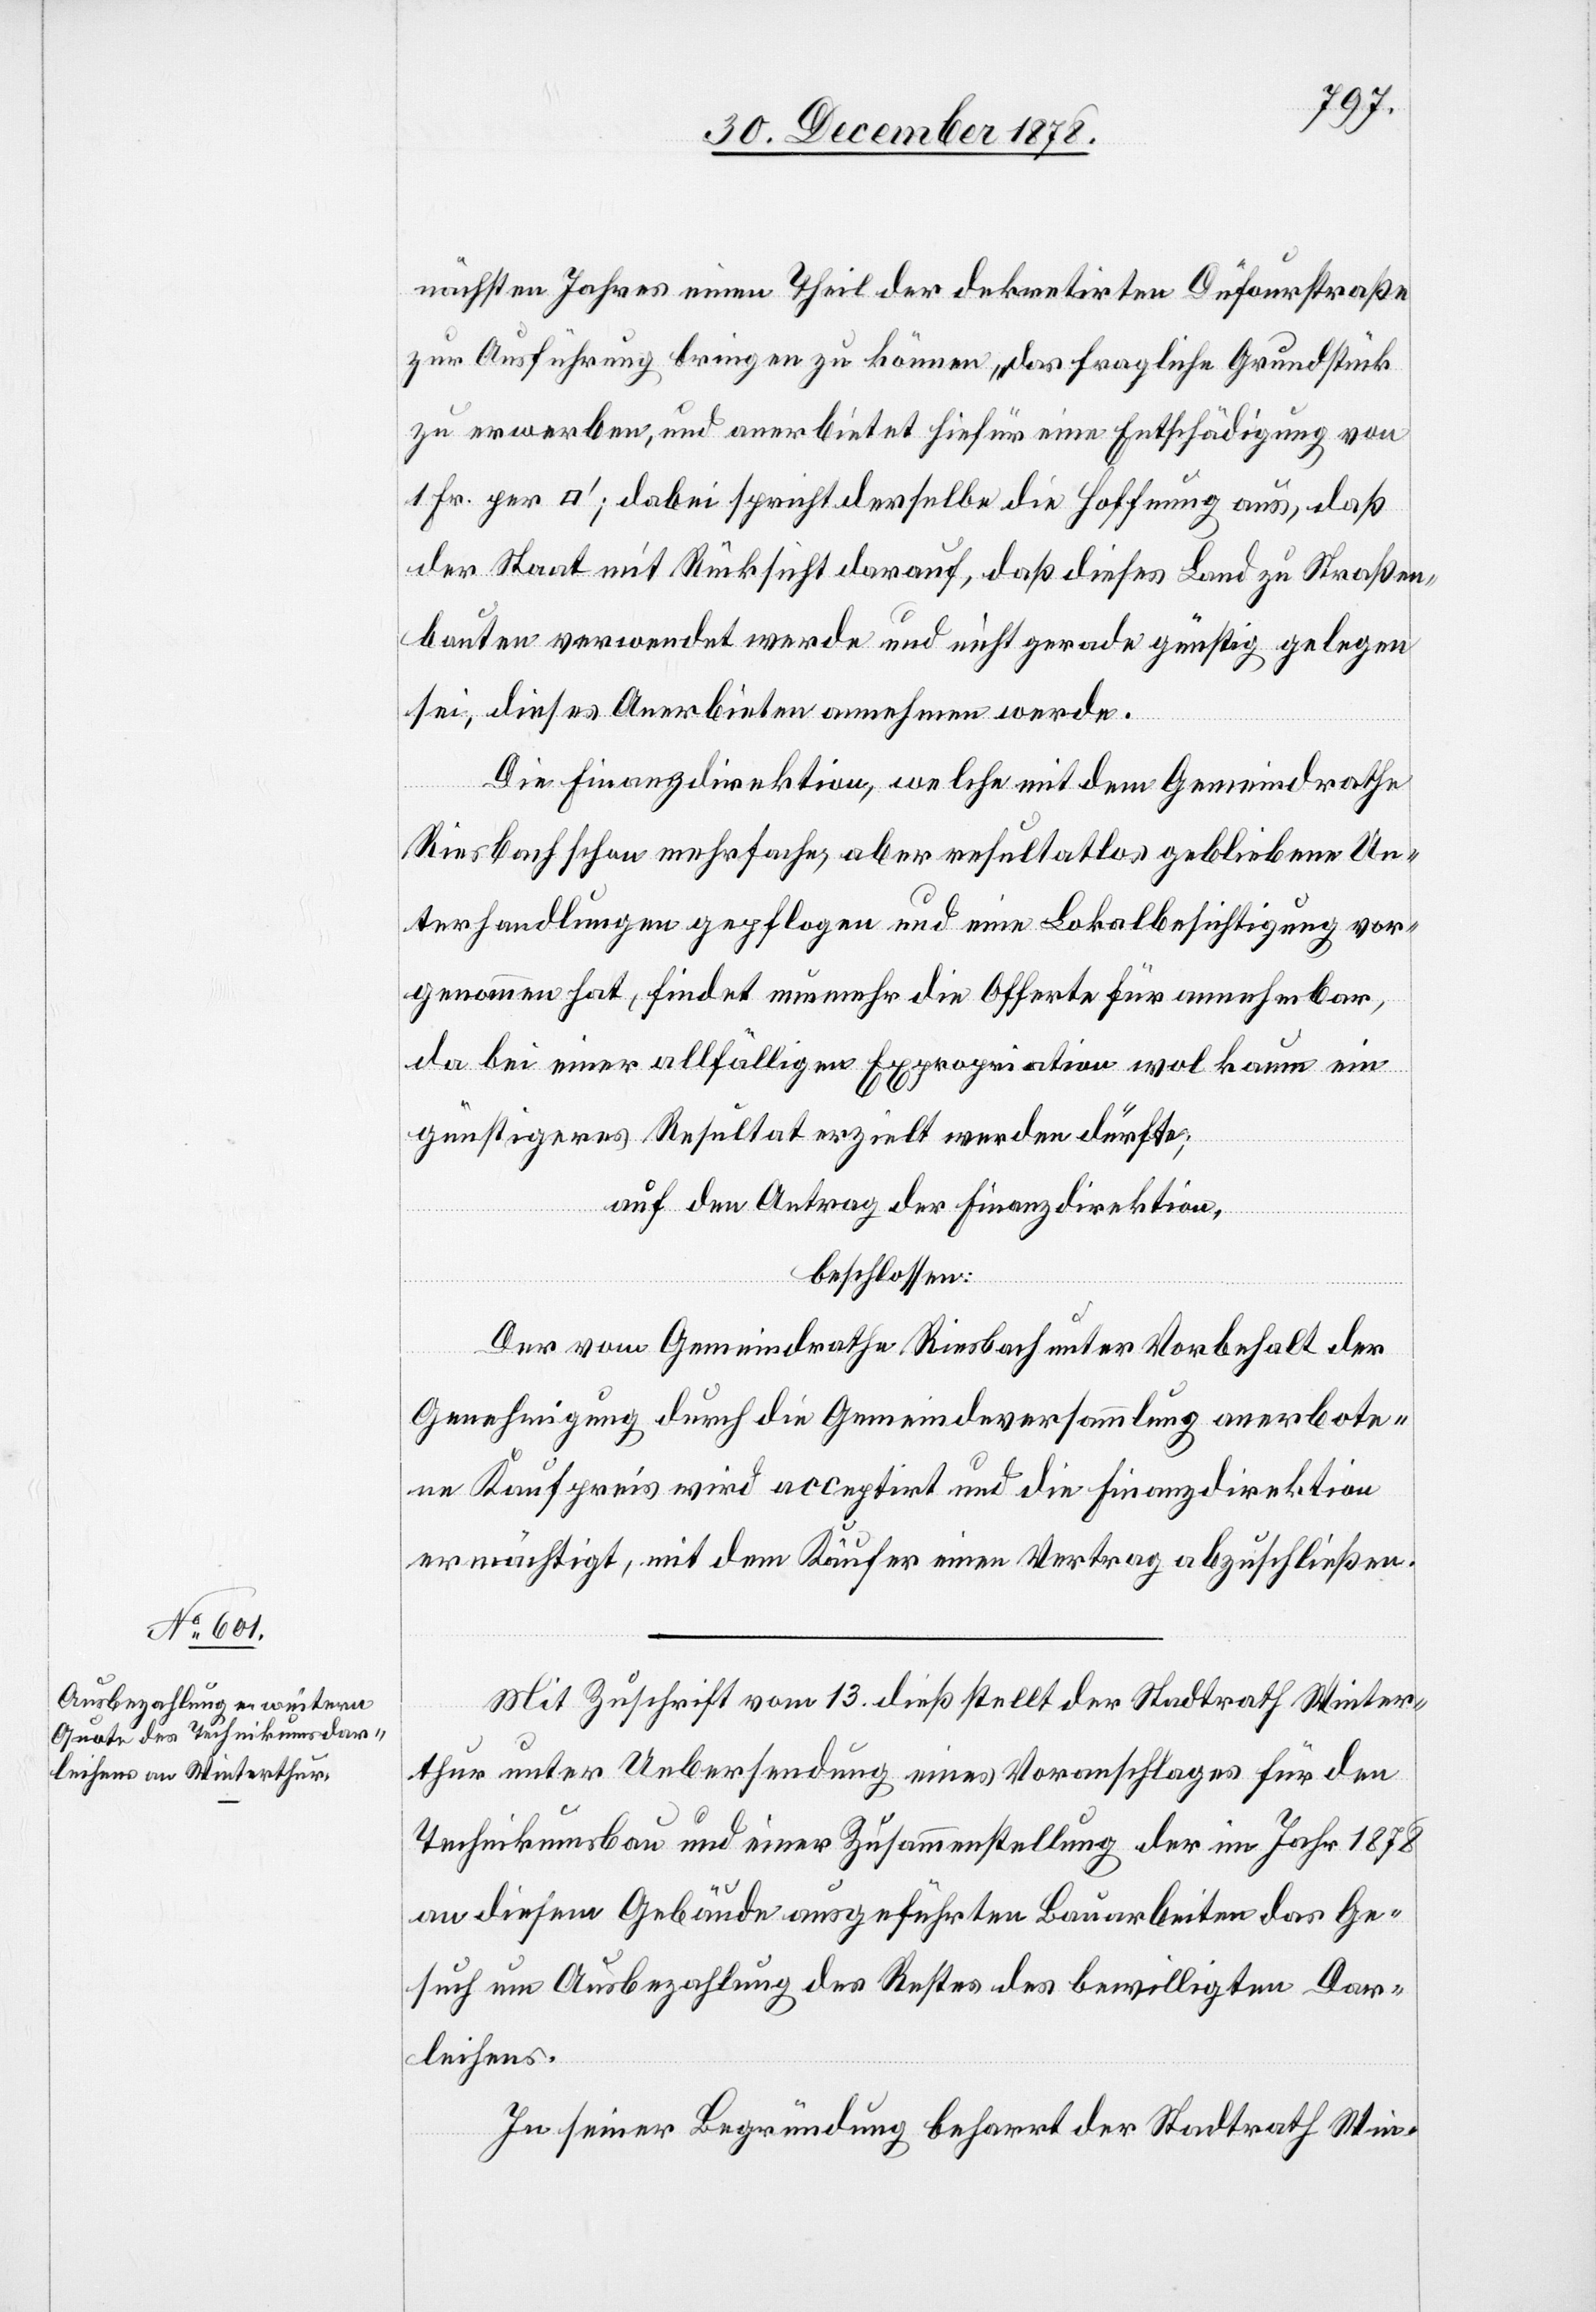
nächsten Jahres einen Theil der dekretirten Dufourstraße
zur Ausführung bringen zu können, das fragliche Grundstück
zu erwerben, und anerbietet hiefür eine Entschädigung von
tfuss]; dabei spricht derselbe die Hoffnung aus, daß
der Staat mit Rücksicht darauf, daß dieses Land zu Straßen¬
bauten verwendet werde und nicht gerade günstig gelegen
sei, dieses Anerbieten annehmen werde.
[Quadra¬
Die Finanzdirektion, welche mit dem Gemeindrathe
Riesbach schon mehrfache, aber resultatlos gebliebene Un¬
terhandlungen gepflogen und eine Lokalbesichtigung vor¬
genommen hat, findet nunmehr die Offerte für annehmbar,
da bei einer allfälligen Expropriation wol kaum ein
günstigeres Resultat erzielt werden dürfte;
auf den Antrag der Finanzdirektion,
beschlossen:
Der vom Gemeindrathe Riesbach unter Vorbehalt der
Genehmigung durch die Gemeindeversammlung anerbote¬
ne Kaufpreis wird acceptirt und die Finanzdirektion
ermächtigt, mit dem Käufer einen Vertrag abzuschließen.
Mit Zuschrift vom 13. dieß stellt der Stadtrath Winter¬
thur unter Uebersendung eines Voranschlages für den
Technikumsbau und einer Zusammenstellung der im Jahr 1878
an diesem Gebäude ausgeführten Bauarbeiten das Ge¬
such um Ausbezahlung des Restes des bewilligten Dar¬
leihens.
In seiner Begründung beharrt der Stadtrath Win-